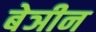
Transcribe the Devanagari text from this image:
बेञीन